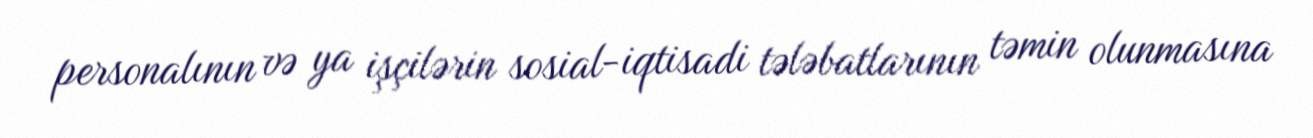
personalının və ya işçilərin sosial-iqtisadi tələbatlarının təmin olunmasına